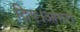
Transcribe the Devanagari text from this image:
दिए।आगरा